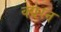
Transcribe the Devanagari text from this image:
क्यरन